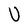
Character: U